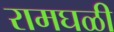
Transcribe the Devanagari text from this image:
रामघळी